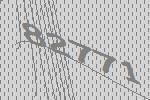
82771